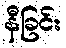
နီခြင်း